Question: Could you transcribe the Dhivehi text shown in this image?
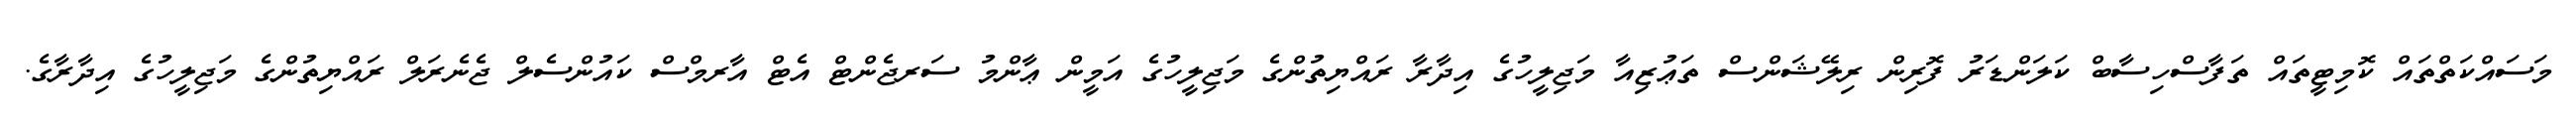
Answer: މަސައްކަތްތައް ކޮމިޓީތައް ތަފާސްހިސާބް ކަލަންޑަރު ފޮރިން ރިލޭޝަންސް ތަޢުޒިއާ މަޖިލީހުގެ އިދާރާ ރައްޔިތުންގެ މަޖިލީހުގެ އަމީން ޢާންމު ސަރޖެންޓް އެޓް އާރމްސް ކައުންސެލް ޖެނެރަލް ރައްޔިތުންގެ މަޖިލީހުގެ އިދާރާގެ.